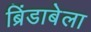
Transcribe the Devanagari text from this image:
ब्रिंडाबेला